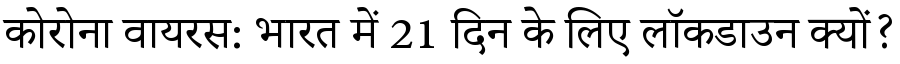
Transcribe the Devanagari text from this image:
कोरोना वायरस: भारत में 21 दिन के लिए लॉकडाउन क्यों?